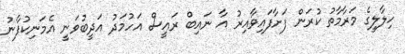
ހިލާލީގެ މަރާމާތު ކުރަން ފަށާފައިވާއިރު އާ ނައިބް ރައީސް އަހުމަދު އަދީބުވަނީ އެމަނިކުފާނު